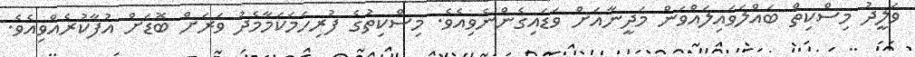
ވަލީދު މިސްކިތް ބައްލަވައިލައްވަން މަދީނާއަށް ވަޑައިގެންނެވިއެވެ. މިސްކިތުގެ ފުރިހަމަކަމާމެދު ވަރަށް ބޮޑަށް އުފާކުރެއްވިއެވެ.